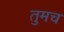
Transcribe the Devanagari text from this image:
तुमच